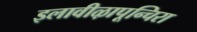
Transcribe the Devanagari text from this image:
इलावीऴापून्चिरा